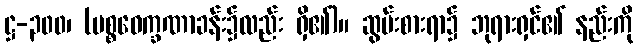
ဋ္ဌ-၃၀၀၊ (ပစ္စဝေက္ခဏာခန်း၌လည်း ရှိ၏)။ ဆွမ်းစားရာ၌ ဘုရားရှင်၏ နည်းကို